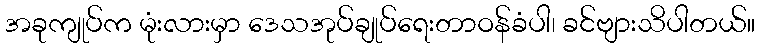
အခုကျုပ်က မုံးလားမှာ ဒေသအုပ်ချုပ်ရေးတာဝန်ခံပါ၊ ခင်ဗျားသိပါတယ်။